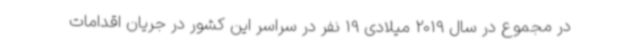
در مجموع در سال 2019 میلادی 19 نفر در سراسر این کشور در جریان اقدامات